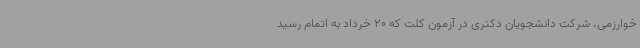
خوارزمی، شرکت دانشجویان دکتری در آزمون کلت که 20 خرداد به اتمام رسید